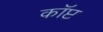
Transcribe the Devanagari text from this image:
कॉप्ट